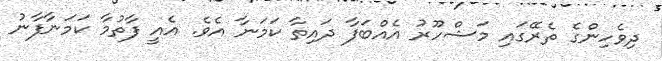
ދިވެހިންގެ ތެރޭގައި މަޝްހޫރު އެއްބަފާ ދައިތާ ކަމަނާ އެވެ. އެއީ ފާތުމާ ކަމަނާފާނު